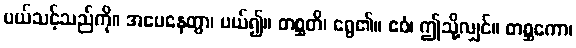
ပယ်သင့်သည်ကို။ အပေနေတွာ၊ ပယ်၍။ တစ္ဆတိ၊ ရွေ၏။ ဧဝံ၊ ဤသို့လျှင်။ တစ္ဆကော၊